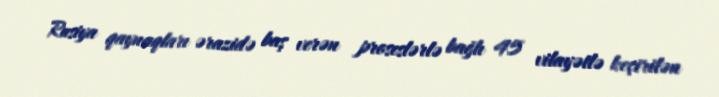
Rusiya qaynaqları ərazidə baş verən proseslərlə bağlı 45 vilayətlə keçirilən